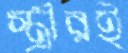
স্ত্রীরই